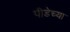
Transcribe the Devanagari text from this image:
पीडेच्या